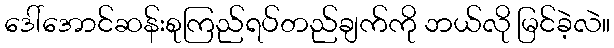
ဒေါ်အောင်ဆန်းစုကြည်ရပ်တည်ချက်ကို ဘယ်လို မြင်ခဲ့လဲ။